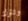
وتترك